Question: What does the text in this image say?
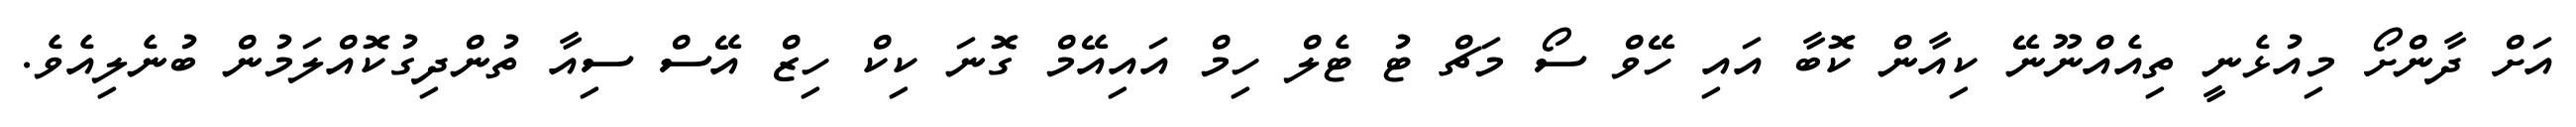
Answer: އަށް ދާންށޯ މިއުޅެނީ ތިއެއްނޫނޭ ކިއާން ކޮބާ އައި ހޭވް ސޯ މަޗް ޓު ޓެލް ހިމް އައިއޭމް ގޮނަ ކިކް ހިޒް އޭސް ސިއާ ތުންދިގުކޮއްލަމުން ބުނެލިއެވެ.